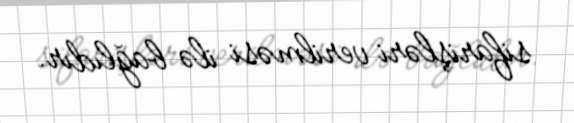
sifarişləri verilməsi ilə bağlıdır.